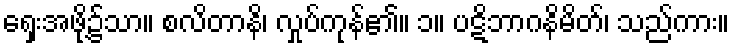
ရှေးအဖို့၌သာ။ စလိတာနိ၊ လှုပ်ကုန်၏။ ၁။ ပဋိဘာဂနိမိတ်၊ သည်ကား။